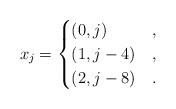
LaTeX: \begin{align*}x_j=\begin{cases}(0,j) & ,\\(1,j-4) & ,\\(2,j-8) & .\end{cases}\end{align*}